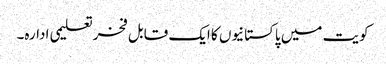
کویت میں پاکستانیوں کا ایک قابل فخرتعلیمی ادارہ۔